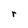
Character: r